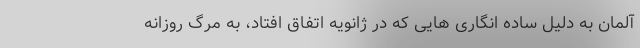
آلمان به دلیل ساده انگاری هایی که در ژانویه اتفاق افتاد، به مرگ روزانه